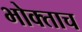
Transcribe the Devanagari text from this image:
भोक्ताच